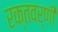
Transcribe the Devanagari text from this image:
रक्तवर्णी